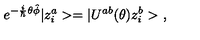
e ^ { - \frac { i } { \hbar } \theta \hat { \phi } } | z _ { i } ^ { a } > = | U ^ { a b } ( \theta ) z _ { i } ^ { b } > \ ,